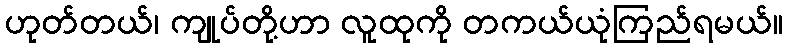
ဟုတ်တယ်၊ ကျုပ်တို့ဟာ လူထုကို တကယ်ယုံကြည်ရမယ်။